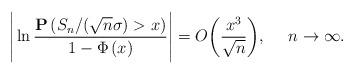
LaTeX: \begin{align*}\Bigg| \ln \frac {\mathbf{P}\left( S_n/(\sqrt{n}\sigma) >x \right)} {1-\Phi \left( x\right)} \Bigg| = O\bigg( \frac {x^3}{\sqrt{n}} \bigg),\ \ \ \ n\rightarrow \infty.\end{align*}